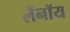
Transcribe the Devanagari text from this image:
लॅनॉय